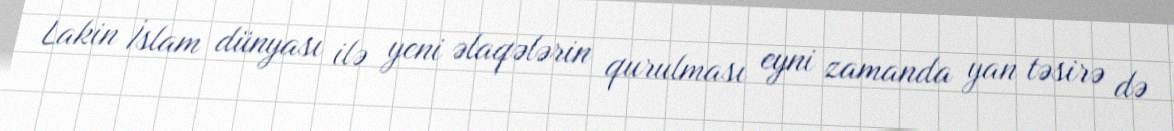
Lakin İslam dünyası ilə yeni əlaqələrin qurulması eyni zamanda yan təsirə də